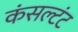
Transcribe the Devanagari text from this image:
कंसल्टंट